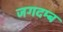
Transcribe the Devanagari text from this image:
जगदम्ब